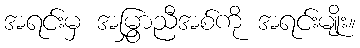
အရင်းမှ အမြွှာညီအစ်ကို အရင်းမျိုး။